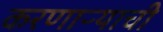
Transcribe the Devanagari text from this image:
करणाऱ्याची